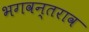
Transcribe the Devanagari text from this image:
भगवन्तराव